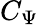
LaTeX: C_{\Psi}